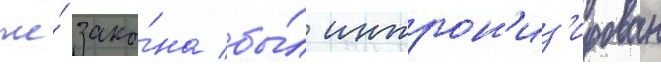
же́ зако́на бы́л интрон'из'ирован